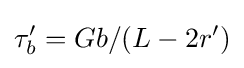
\tau _{b}'=Gb/(L-2r')